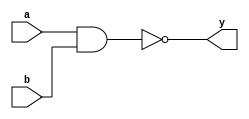
`timescale 1ns / 1ps
//////////////////////////////////////////////////////////////////////////////////
// Module Name: xup_nand2
//////////////////////////////////////////////////////////////////////////////////
module xup_nand2 #(parameter DELAY = 3)(
    input a,
    input b,
    output y
    );
    
    nand #DELAY (y,a,b);
    
endmodule